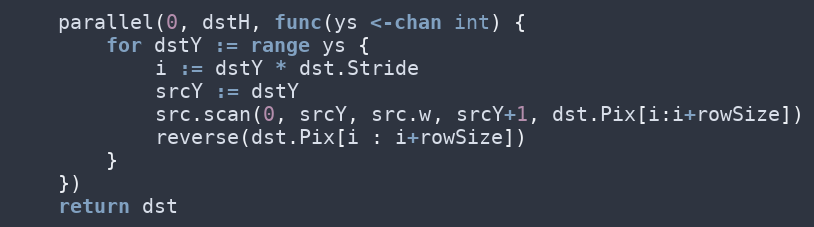
Language: Go
	parallel(0, dstH, func(ys <-chan int) {
		for dstY := range ys {
			i := dstY * dst.Stride
			srcY := dstY
			src.scan(0, srcY, src.w, srcY+1, dst.Pix[i:i+rowSize])
			reverse(dst.Pix[i : i+rowSize])
		}
	})
	return dst